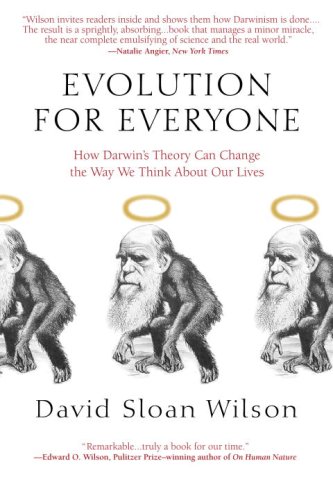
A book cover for Evolution for Everyone: How Darwin's Theory Can Change the Way We Think About Our Lives; David Sloan Wilson; Science & Math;